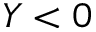
Y < 0